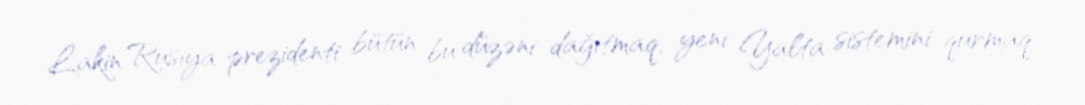
Lakin Rusiya prezidenti bütün bu düzəni dağıtmaq, yeni Yalta sistemini qurmaq